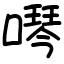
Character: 噖